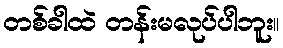
တစ်ခါထဲ တန်းမလုပ်ပါဘူး။